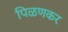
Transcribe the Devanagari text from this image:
पिळणकर